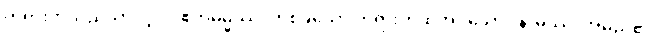
တရားတို့သည်သာလျှင်။ ဧကဓမ္မဿ၊ တစ်ခုသော တရားဟုဆိုအပ်သော။ နာမဿ၊ အမည်၏။